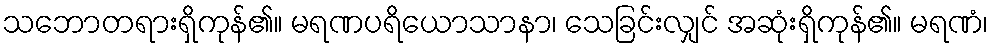
သဘောတရားရှိကုန်၏။ မရဏပရိယောသာနာ၊ သေခြင်းလျှင် အဆုံးရှိကုန်၏။ မရဏံ၊